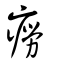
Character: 癆